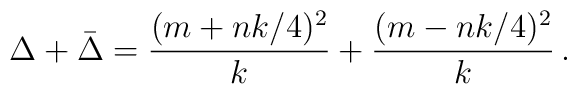
\Delta+\bar{\Delta}  = \frac{(m+nk/4)^2}{k} + \frac{(m-nk/4)^2}{k}\, .